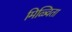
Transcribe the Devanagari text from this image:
मिळ्विता